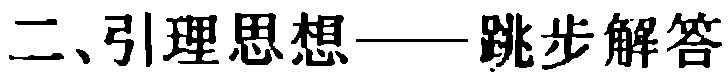
二、引理思想——跳步解答